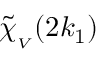
\mathinner { \tilde { \chi } _ { _ V } \mathopen { \left( 2 k _ { 1 } \right) } }